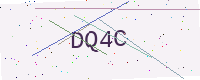
Text: DQ4C